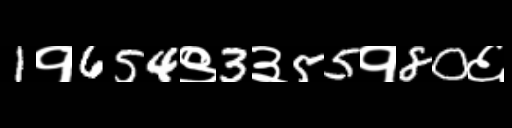
Text: 1१654९3३55१80६